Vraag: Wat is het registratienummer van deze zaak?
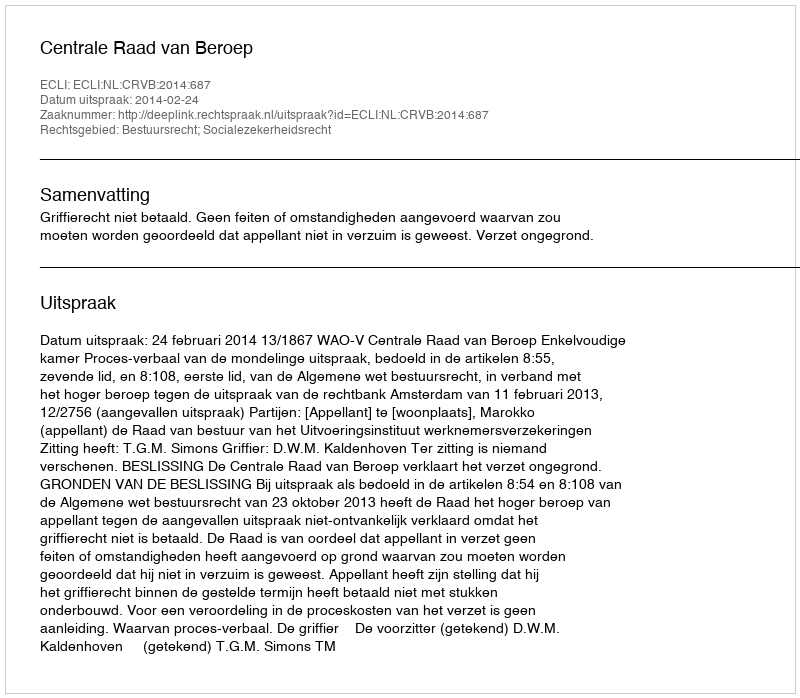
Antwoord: http://deeplink.rechtspraak.nl/uitspraak?id=ECLI:NL:CRVB:2014:687